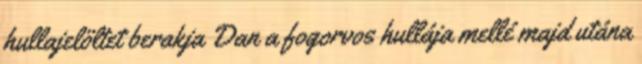
hullajelöltet berakja Dan a fogorvos hullája mellé majd utána